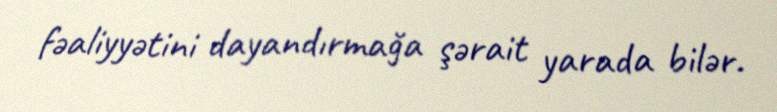
fəaliyyətini dayandırmağa şərait yarada bilər.